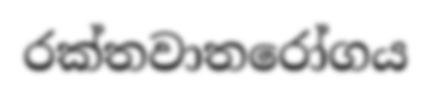
රක්තවාතරෝගය